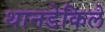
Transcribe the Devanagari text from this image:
थानडेकिले